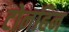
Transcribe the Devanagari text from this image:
टोनहिन